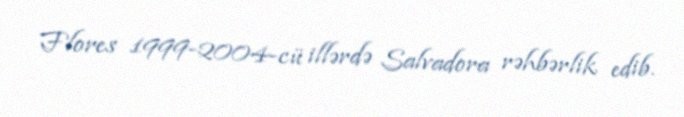
Flores 1999-2004-cü illərdə Salvadora rəhbərlik edib.